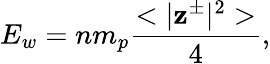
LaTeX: E_{w}=nm_{p}\frac{<|\mathbf{z}^{\pm}|^{2}>}{4},